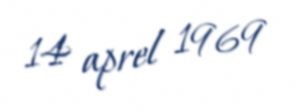
14 aprel 1969